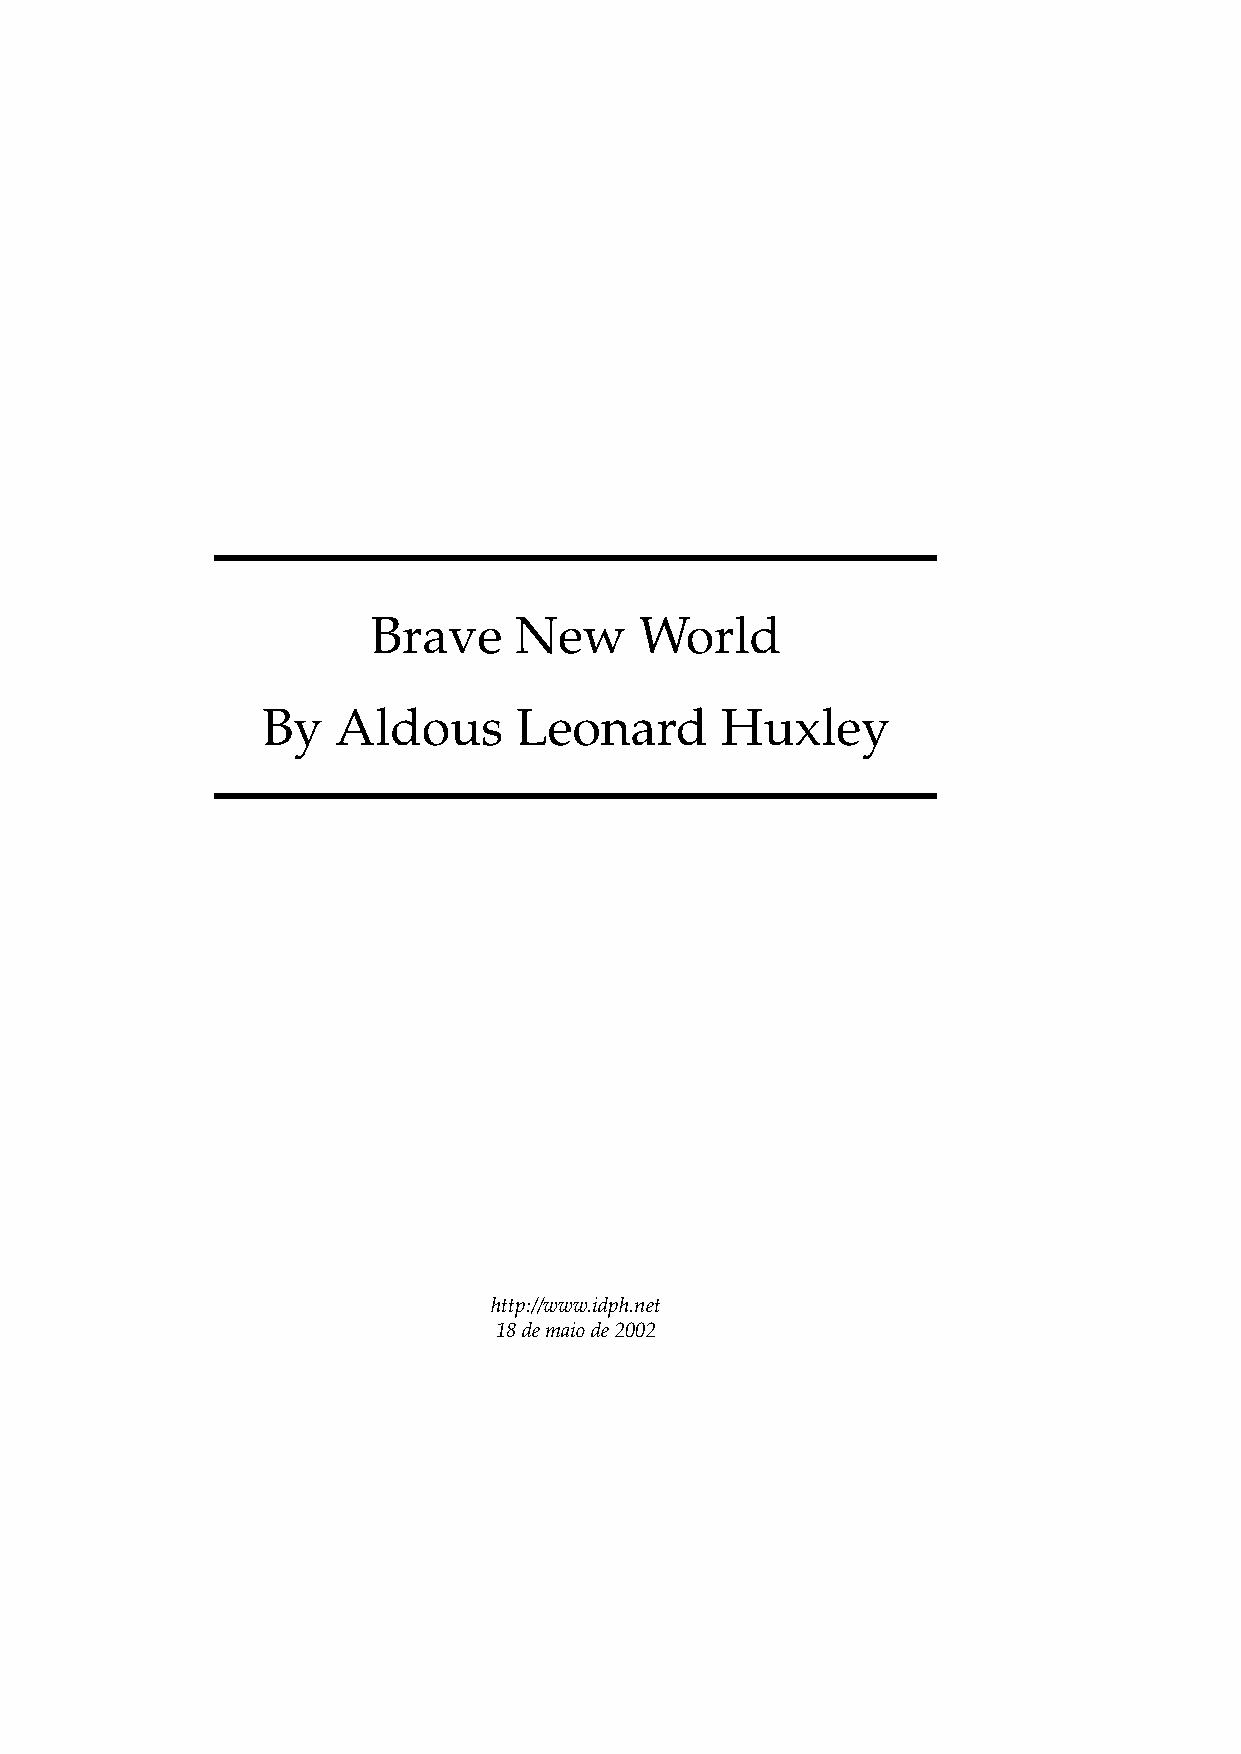
Brave    New     World
 By   Aldous      Leonard       Huxley
 http://www.idph.net
 18demaiode2002